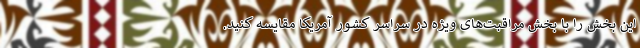
این بخش را با بخش مراقبت‌های ویژه در سراسر کشور آمریکا مقایسه کنید.